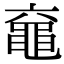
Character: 𪓖